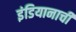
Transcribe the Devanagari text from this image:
इंडियानाची